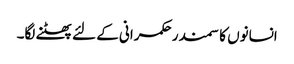
انسانوں کا سمندر حکمرانی کے لئے پھٹنے لگا۔